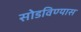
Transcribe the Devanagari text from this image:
सोडविण्यास